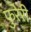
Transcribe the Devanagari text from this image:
फुरेरी